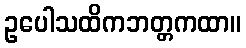
ဥပေါသထိကဘတ္တကထာ။